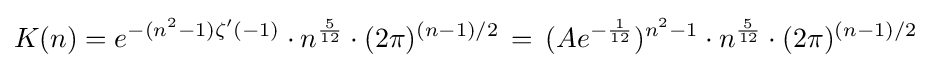
K(n)=e^{-(n^{2}-1)\zeta ^{\prime }(-1)}\cdot n^{\frac {5}{12}}\cdot (2\pi )^{(n-1)/2}\,=\,(Ae^{-{\frac {1}{12}}})^{n^{2}-1}\cdot n^{\frac {5}{12}}\cdot (2\pi )^{(n-1)/2}